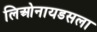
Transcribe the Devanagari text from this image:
लिओनायडसला